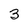
Character: 3